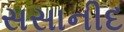
સસાનીદ